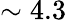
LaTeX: \sim 4.3